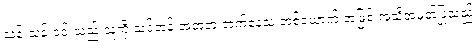
သန်းသန်းဝင်းသည် သူ့ကို သင်တန်းအတူတူ တက်နေသူ တစ်ယောက် အဖြစ် အသိအမှတ်ပြုသည့်